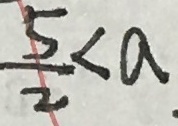
\frac { 5 } { 2 } < a